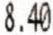
8.40